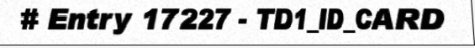
# Entry 17227 - TD1_ID_CARD